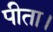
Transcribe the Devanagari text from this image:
पीता।